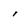
Character: i